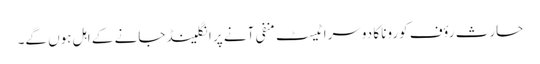
حارث رؤف کورونا کا دوسرا ٹیسٹ منفی آنے پر انگلینڈ جانے کے اہل ہوں گے۔